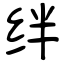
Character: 绊